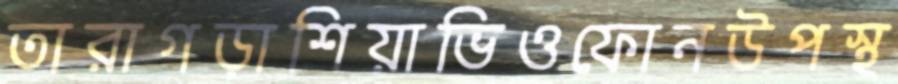
তারাগড়াশিয়াভিওফোনউপস্থ